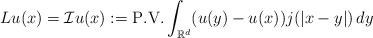
LaTeX: \begin{align*}Lu(x)=\mathcal Iu(x):=\mathrm{P}. \mathrm{V}. \int_{\mathbb{R}^d}(u(y)-u(x)) j(|x-y|)\,dy\end{align*}